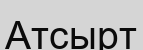
Атсырт